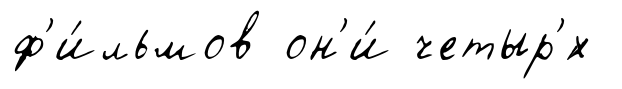
ф'и́льмов он'и́ четыр'́х